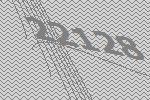
22128